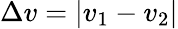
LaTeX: \Delta v=\vert v_{1}-v_{2}\vert